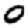
Digit: 0